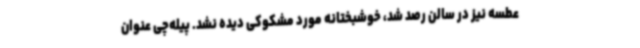
عطسه نیز در سالن رصد شد، خوشبختانه مورد مشکوکی دیده نشد. پیله‌چی عنوان